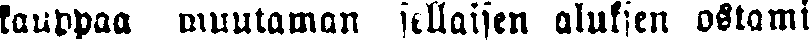
kauppaa muutaman sellaisen aluksen ostami